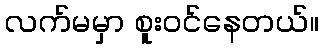
လက်မမှာ စူးဝင်နေတယ်။